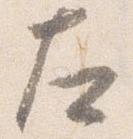
左